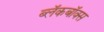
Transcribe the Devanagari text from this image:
ब्‍लॅकबॉक्स